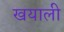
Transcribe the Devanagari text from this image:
खयाली